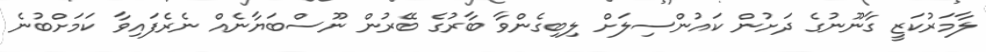
ލާމަރުކަޒީ ގާނޫނުގެ ދަށުން ކައުންސިލަށް ލިބިގެންވާ ބާރުގެ ބޭރުން ނޫސްބަޔާނެއް ނެރެފައިވާ ކަމަށްބުނެ